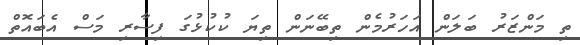
ތި މަންޒަރު ބަލަން އަހަރުމެން ތިބޭނަން ތިޔަ ކުކުޅުގަ ފިސާރި މަސް އެބައޮތް